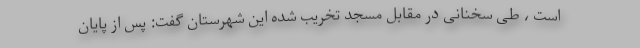
است ، طی سخنانی در مقابل مسجد تخریب شده این شهرستان گفت: پس از پایان